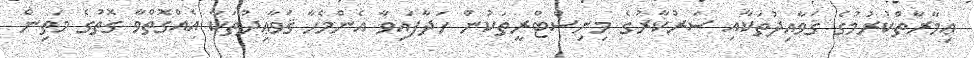
ޢިމާރާތްކުރުމުގެ ޤަވާއިދުތަކާއި ސަރުކާރުގެ މިނިސްޓްރީތަކުން ހަދާފައިވާ އެންމެހާ ޤަވާޢިދުތަކާ އެއްގޮތްވާ ގޮތުގެ މަތިން